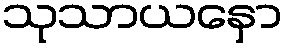
သုသာယနှော